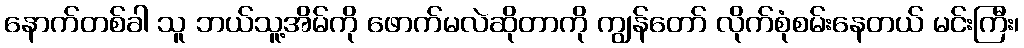
နောက်တစ်ခါ သူ ဘယ်သူ့အိမ်ကို ဖောက်မလဲဆိုတာကို ကျွန်တော် လိုက်စုံစမ်းနေတယ် မင်းကြီး၊